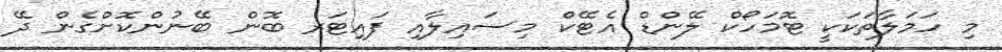
މި ހަމަލާތަކަަކީ ޓޮމަހޯކް ލޭންޑް އެޓޭކް މިސައިލާއި ފައިޓަރ ބޮން ބޭނުންކޮށްގެން ދޭ